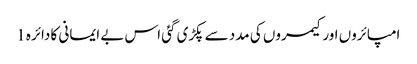
امپائروں اور کیمروں کی مدد سے پکڑی گئی اس بے ایمانی کا دائرہ 1